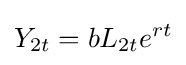
Y_{2t}=bL_{2t}e^{rt}